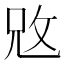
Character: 𢼙